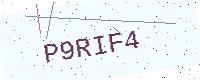
Text: P9RIF4